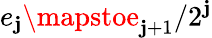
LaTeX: e_{\mathbf{j}}\mapstoe_{\mathbf{j}+1}/2^{\mathbf{j}}